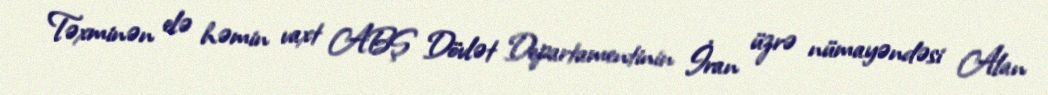
Təxminən elə həmin vaxt ABŞ Dövlət Departamentinin İran üzrə nümayəndəsi Alan